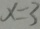
x = 3